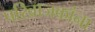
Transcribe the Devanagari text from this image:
परिव्राजकांना